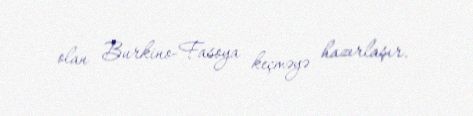
olan Burkino-Fasoya keçməyə hazırlaşır.